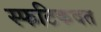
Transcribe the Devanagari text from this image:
स्फटिकवत